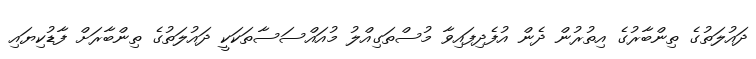
ދައުލަތުގެ ތިންބާރުގެ އިތުރުން ދެން އުފެދިފައިވާ މުސްތަގިއްލު މުއައްސަސާތަކަކީ ދައުލަތުގެ ތިންބާރަށް ފާޑުކިޔައި